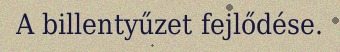
A billentyűzet fejlődése.